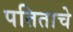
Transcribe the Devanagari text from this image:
पतिताचे